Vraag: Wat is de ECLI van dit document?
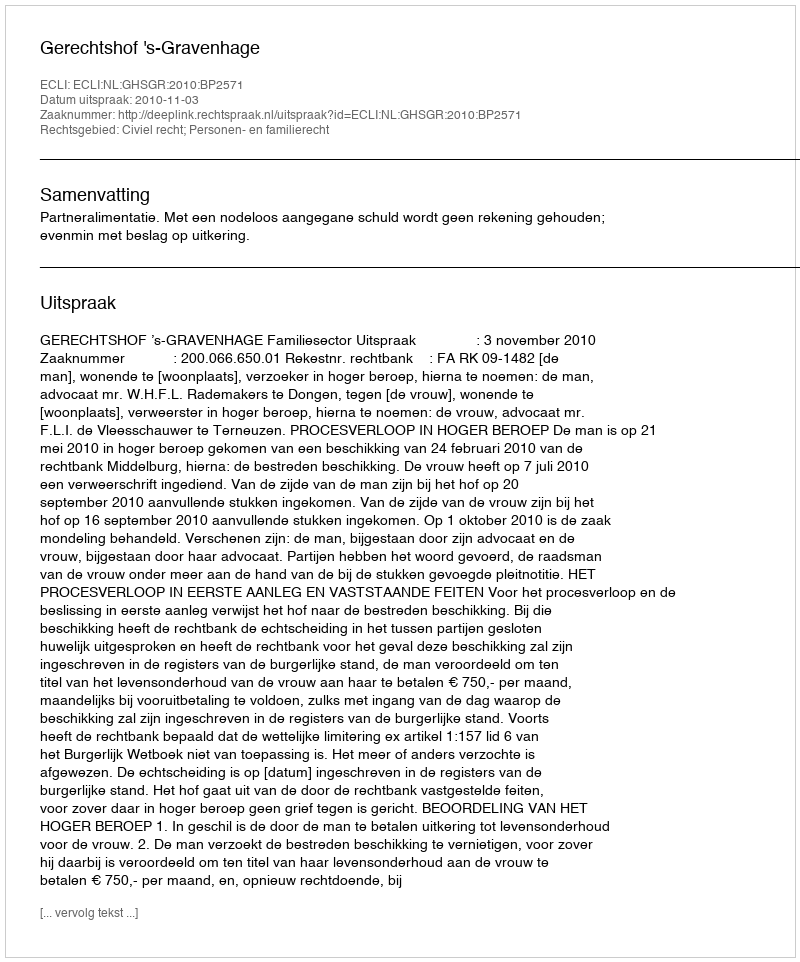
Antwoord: ECLI:NL:GHSGR:2010:BP2571